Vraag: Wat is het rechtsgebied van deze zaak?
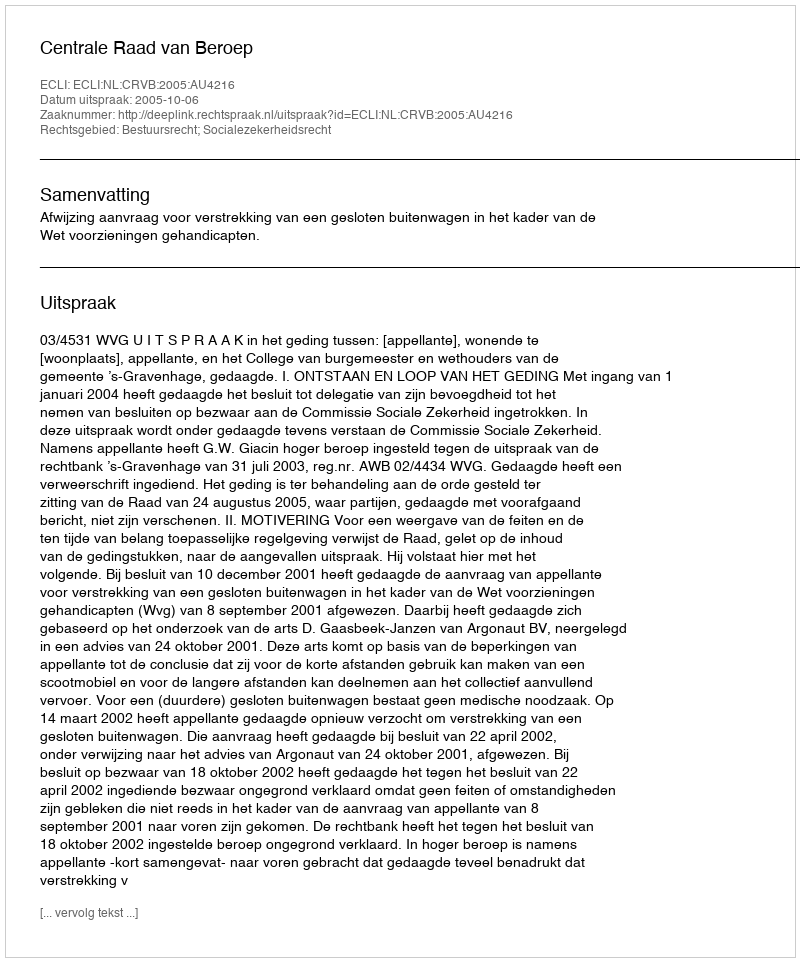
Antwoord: Bestuursrecht; Socialezekerheidsrecht